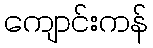
ကျောင်းကန်